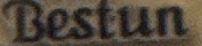
Bestun